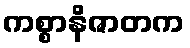
ကစ္စာနိဇာတက